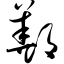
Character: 鄯